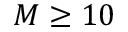
M \geq 1 0